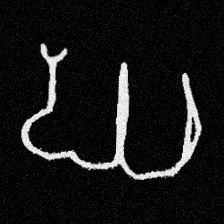
Pyu character \u2014 Myanmar letter: ဃ (romanized: gha)